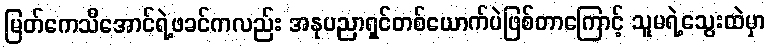
မြတ်ကေသီအောင်ရဲ့ဖခင်ကလည်း အနုပညာရှင်တစ်ယောက်ပဲဖြစ်တာကြောင့် သူမရဲ့သွေးထဲမှာ